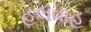
હલવાહ